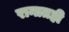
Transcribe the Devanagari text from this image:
रानातही